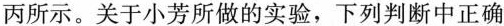
丙所示。关于小芳所做的实验，下列判断中正确